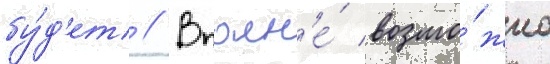
бу́д'ет // Вполн'е́ возмо́жно